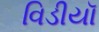
વિડીયૉ